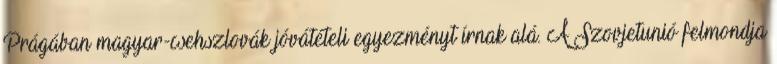
Prágában magyar-csehszlovák jóvátételi egyezményt írnak alá. A Szovjetunió felmondja